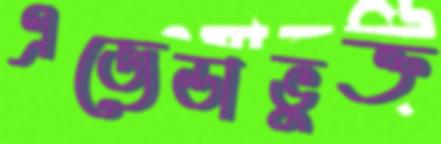
এজেন্ডাভুক্ত